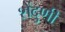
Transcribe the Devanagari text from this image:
शेंदुणी